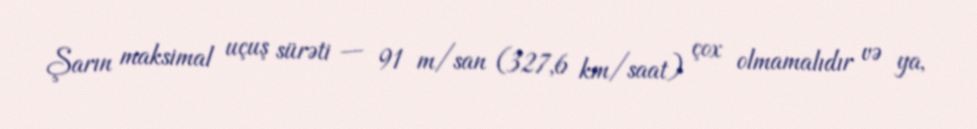
Şarın maksimal uçuş sürəti — 91 m/san (327,6 km/saat) çox olmamalıdır və ya,